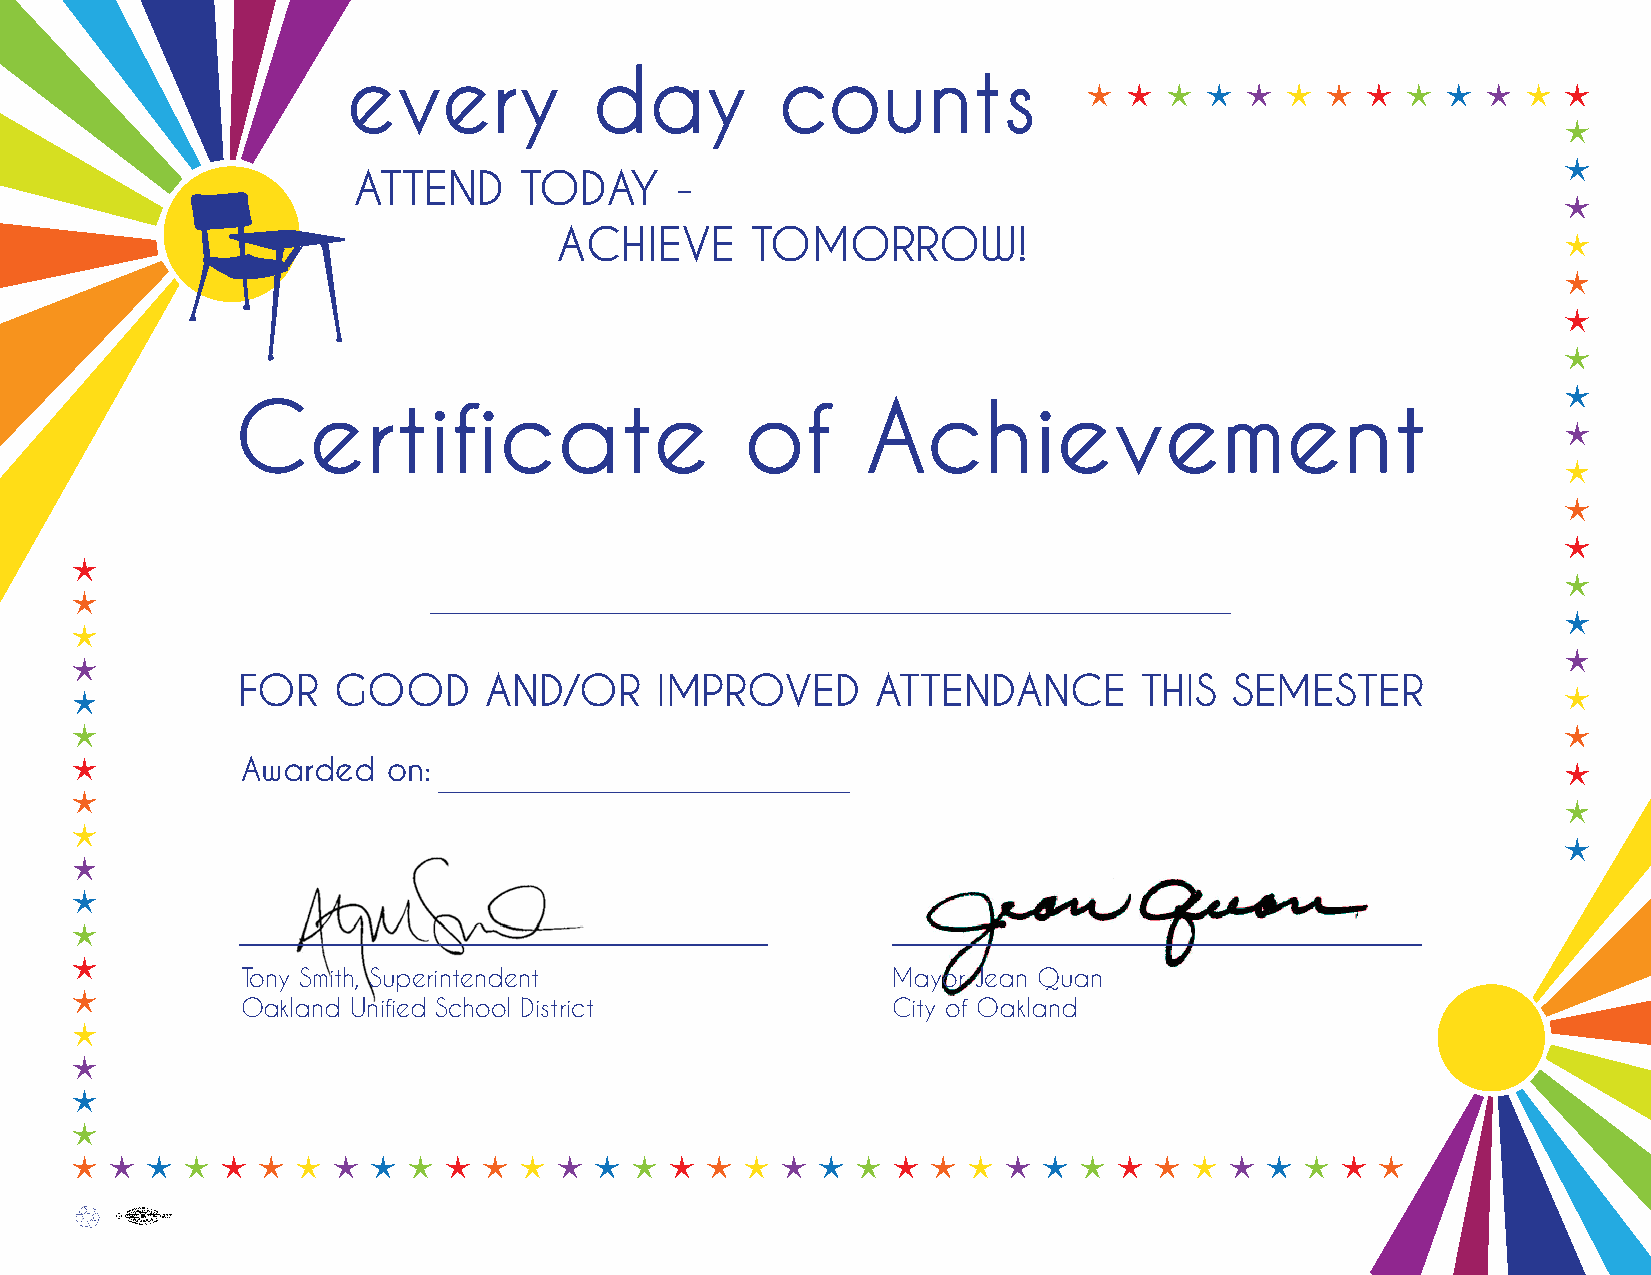
every           day          counts
 ATTEND     TODAY      -
 ACHIEVE      TOMORROW!
 Certificate                       of      Achievement
 FOR   GOOD      AND/OR     IMPROVED       ATTENDANCE        THIS  SEMESTER
 Awarded   on:
 Tony Smith, Superintendent                 Mayor Jean Quan
 Oakland Unified School District            City of Oakland